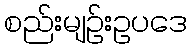
စည်းမျဉ်းဥပဒေ